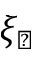
\xi _ { \perp }